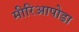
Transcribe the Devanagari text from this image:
मीरिआपोडा